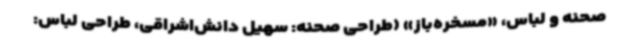
صحنه و لباس، «مسخره‌باز» (طراحی صحنه: سهیل دانش‌اشراقی، طراحی لباس: